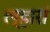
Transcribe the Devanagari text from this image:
ल्हाराँ